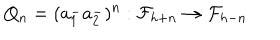
Q _ { n } = ( a _ { 1 } ^ { - } a _ { 2 } ^ { - } ) ^ { n } : { \cal F } _ { h + n } \rightarrow { \cal F } _ { h - n }